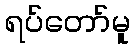
ရပ်တော်မူ